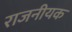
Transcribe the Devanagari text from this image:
राजनीयक